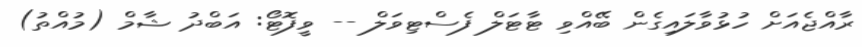
ރާއްޖެއަށް ހުޅުވާލައިގެން ބޭއްވި ޓާޓަލް ފެސްޓިވަލް -- ވީފޮޓޯ: އަބްދު ޝާމް (މުއްތު)